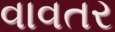
વાવતર